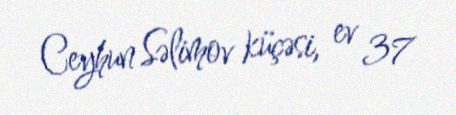
Ceyhun Səlimov küçəsi, ev 37